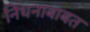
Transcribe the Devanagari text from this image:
निधनाबाबत